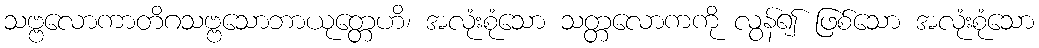
သဗ္ဗလောကာတိဂသဗ္ဗသောဘာယုတ္တေဟိ၊ အလုံးစုံသော သတ္တလောကကို လွန်၍ ဖြစ်သော အလုံးစုံသော